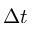
\Delta t